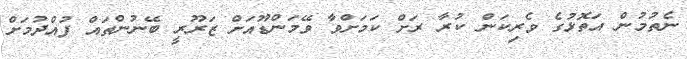
ނެތުމުން އަތޮޅުގެ ވެރިކަން ކުރާ ރަށް ކަމަށްވާ ވޭމަންޑޫއަށް ޒަރޫރީ ބޭނުންތައް ފުއްދުމަށް